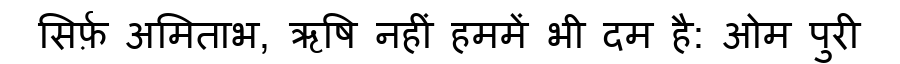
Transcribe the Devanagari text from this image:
सिर्फ़ अमिताभ, ऋषि नहीं हममें भी दम है: ओम पुरी